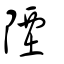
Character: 陻